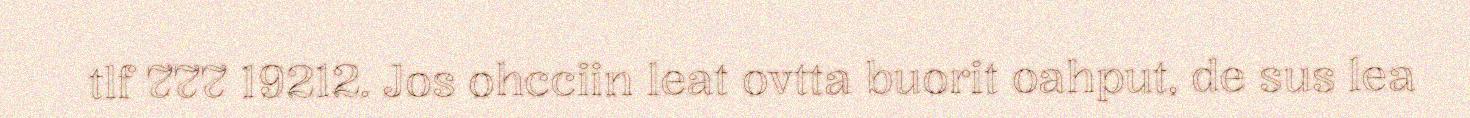
tlf 777 19212. Jos ohcciin leat ovtta buorit oahput, de sus lea